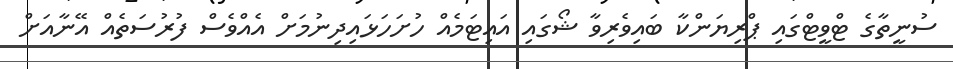
ސުނީތާގެ ޓްވީޓްގައި ޕްރިޔަންކާ ބައިވެރިވާ ޝޯގައި އައިޓަމެއް ހުށަހަޅައިިދިނުމަށް އެއްވެސް ފުރުސަތެއް އޭނާއަށް